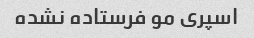
اسپری مو فرستاده نشده